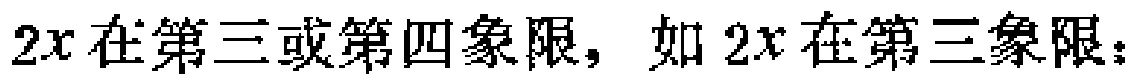
\(2x\)在第三或第四象限，如\(2x\)在第三象限：